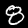
Digit: 8